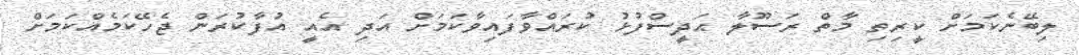
ލިބޭނެކަމަށް ކީރިތި މާތް ރަސޫލާ ޙަދީސްފުޅު ކުރައްވާފައިވާކަމަށް އަދި އެއީ އުފާކުރަން ޖެހޭކަމެއްކަމަށް